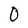
Character: 0